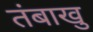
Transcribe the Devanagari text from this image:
तंबाखु